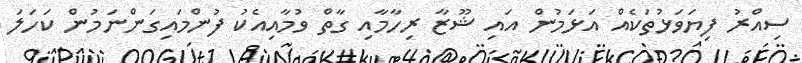
ސިއްރު ފިޔަވަޅުތަކެއް އަޅަމުން އައި ޝޫޒާ ރިހާމާއި ގާތް ވުމާއިއެކު ފުންމައިގަންނަމުން ކަހަލަ